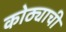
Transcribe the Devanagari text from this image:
कोठ्याची